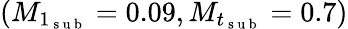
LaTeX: (M_{1_{\mathrm{~s~u~b~}}}=0.09,M_{t_{\mathrm{~s~u~b~}}}=0.7)